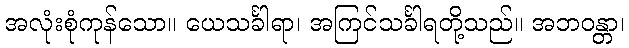
အလုံးစုံကုန်သော။ ယေသင်္ခါရာ၊ အကြင်သင်္ခါရတို့သည်။ အဘဝန္တာ၊